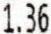
1.36